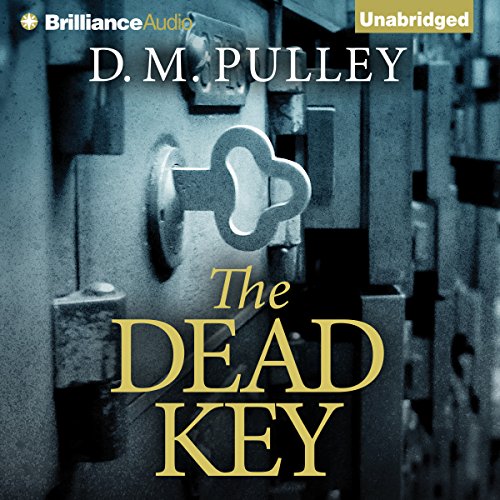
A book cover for The Dead Key; D. M. Pulley; Mystery, Thriller & Suspense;